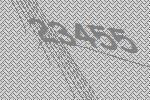
23455